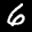
Label: 6